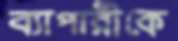
ব্যাপারীকে